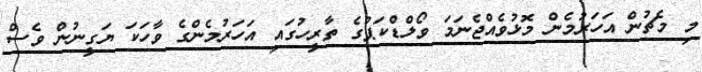
މި މެޗުން އަހަރުމެން މޮޅުވެއްޖެނަމަ ވޯލްޑްކަޕުގެ ތާރީހުގައި އަހަރުމެންގެ ވާހަކަ ޔަގީނުން ވެސް